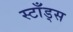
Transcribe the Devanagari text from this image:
स्टाँड्स